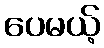
ပေမယ့်